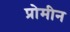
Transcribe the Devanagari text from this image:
प्रोमीन